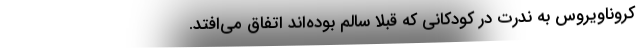
کروناویروس به ندرت در کودکانی که قبلاً سالم بوده‌اند اتفاق می‌افتد.